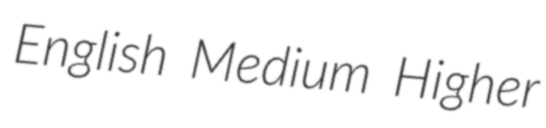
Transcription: English Medium Higher